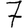
Digit: 7